Indian journal of veterinary science and animal husbandry - Volume 13,
Year: 1943
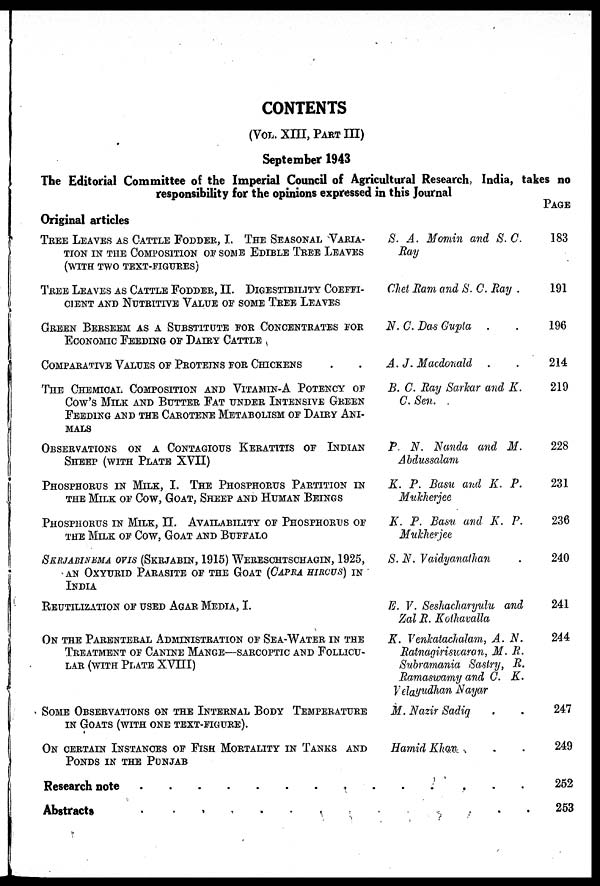
CONTENTS
(VOL. XIII, PART III)
September 1943
The Editorial Committee of the Imperial Council of Agricultural Research, India, takes no
responsibility for the opinions expressed in this Journal
Original articles
TREE LEAVES AS CATTLE FODDER, I. THE SEASONAL VARIA-
TION IN THE COMPOSITION OF SAME EDITABLE TREE LRAVES
(WITH TWO TEXT-FIGURES)
TREE LEAVES AS CATTLE FFODDER, II. DIGESTIBILITY COEFFI-
CIENT AND NUTRITIVE VALUE OF SAME TREE LEAVES
GREEN BERSEEM AS A SUBSTITUTE FOR CONCENTRATES FOR
ECONOMIC FEEDING OF DAIRY CATTLE
COMPARATIVE VALUES OF PROTEINS FOR CHICKENS . .
THE CHEMICAL COMPOSITION AND VITAMIN-A POTENCY OF
COW'S MILK AND BUTTER FAT UNDER INTENSIVE GREEN
FEEDING AND THE CAROTENE METABOLISM OF DAIRY ANI-
MALS
OBSERVATION ON A CONTAGIOUS KERATITIS OF INDIAN
SHEEP (WITH PLATE XVII)
PHOSPHORUS IN MILK, I. THE PHOSPHORUS PARTITION IN
THE MILK OF COW, GOAT, SHEEP AND HUMAN BEINGS
PHOSPHORUS IN MILK, II. AVAILABILITY OF PHOSPHORUS OF
THE MILK OF COW, GOAT AND BUFFALO
SKRJABINEMA OVIS (SKRJABIN, 1915) WERESCHTSCHAGIN, 1925,
AN OXYURID PARASITE OF THE GOAT (CAPRA HIRCUS) IN
INDIA
REUTILIZATION OF USED AGAR MEDIA, I.
ON THE PARENTERAL ADMINISTRATION OF SEA-WATER IN THE
TREATMENT OF CANINE MANGE—SARCOPTIC AND FOLLICU-
LAR (WITH PLATE XVIII)
SOME OBSERVATION ON THE INTERNAL BODY TEMPERATURE
IN GOATS (WITH ONE TEXT-FIGURE).
ON CERTAIN INSTANCES OF FISH MORTALITY IN TANKS AND
PONDS IN THE PUNJAB
S. A. Momin and S. C.
Ray
Chet Ram and S. C. Ray .
N. C. Das Gupta . .
A. J. Macdonald . .
B. C. Ray Sarkar and K.
C.Sen. .
P. N. Nanda and M.
Abdussalam
K. P. Basu and K. P.
Mukherjee
K. P. Basu and K. P.
Mukherjee
S. N. Vaidyanathan .
E. V. Seshacharyulu and
Zal R. Kothavalla
K. Venkatachalam, A. N.
Ratnagiriswaran, M. R.
Subramania Sastry, R.
Ramaswamy and C. K.
Velayudhan Nayar
M. Nazir Sadiq
Hamid Khan
Research note . . . . . . . . . . . . . . . . . .
Abstracts . . . . . . . . . . . . . . . . . .
PAGE
183
191
196
214
219
228
231
236
240
241
244
247
249
252
253